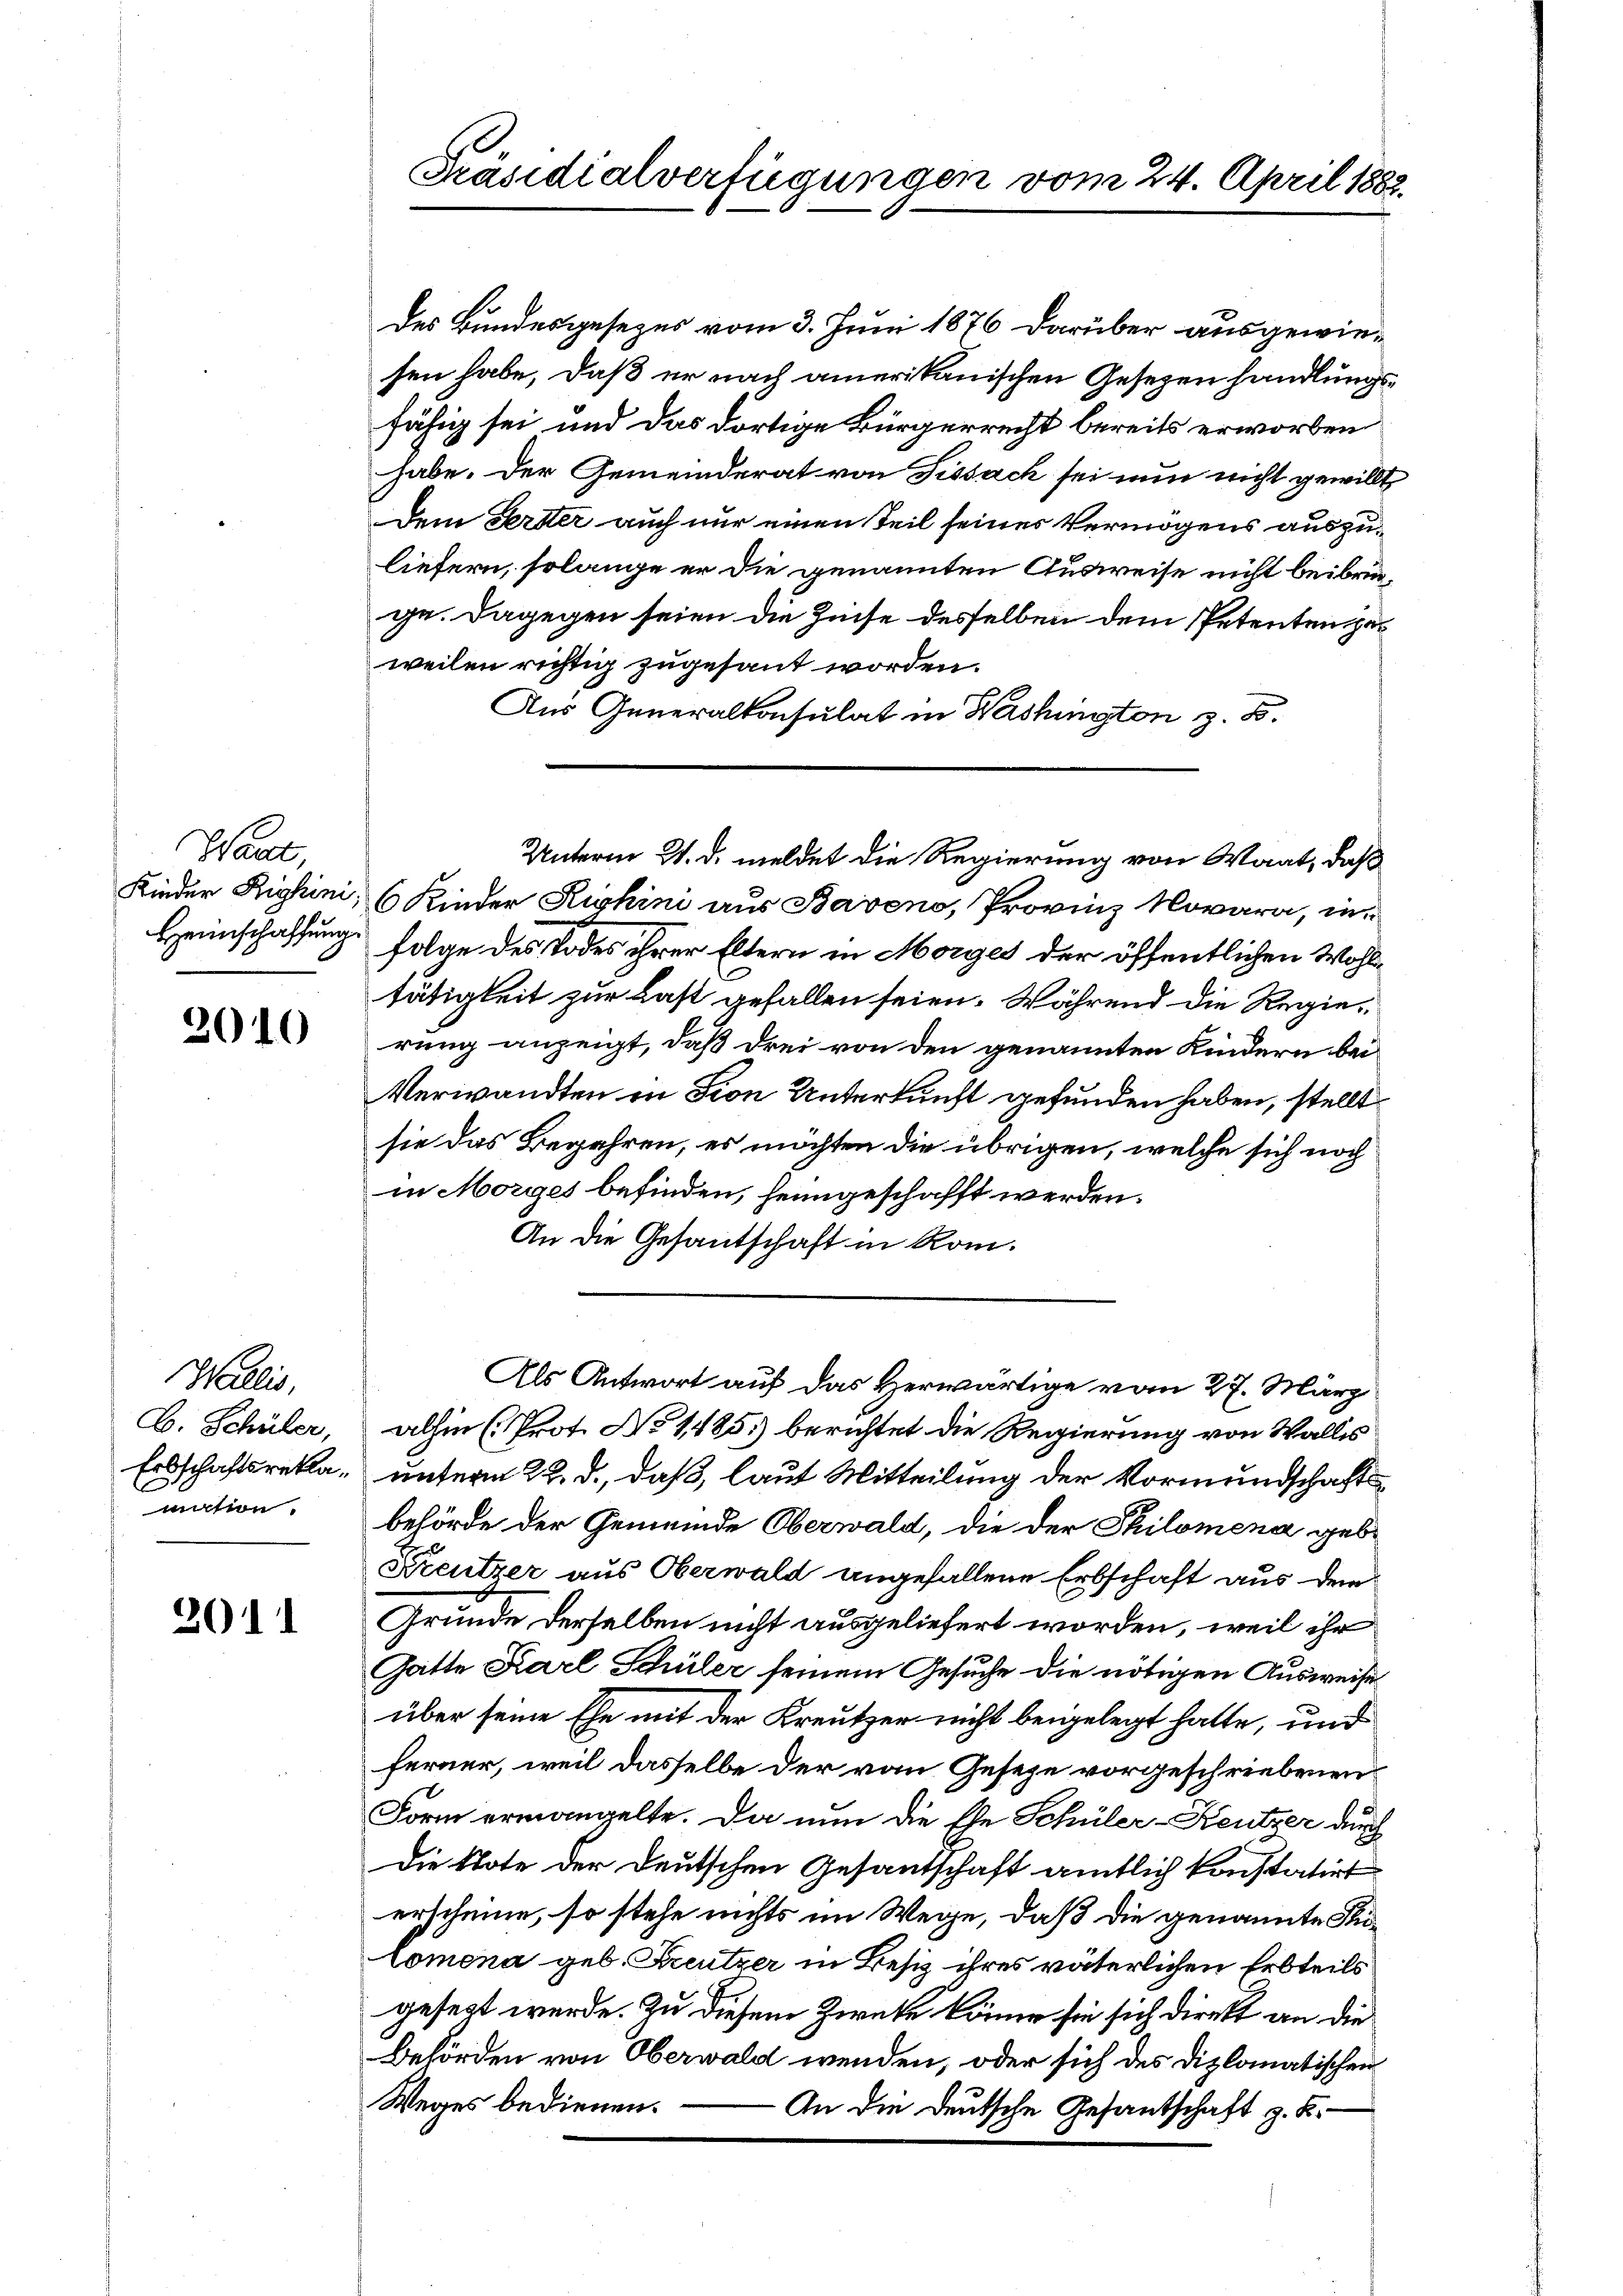
Want,

2010

Wallis,
B. Schüler,
Erbschaftsrekamision.

2011

Präsidialverfügungen vom 24. April 1882.

des Bundesgesezes vom 3. Juni 1876 darüber ausgewiesen habe, daß er nach amerikanischen Gesetzenhandlungsfähig sei und das dortige Bürgerrecht bereits erworben
habe. Der Gemeinderat von Fissach sei nun nicht gewillt
Dem Herster auch nur einen Teil seines Vermögens auszuliefern, solange er die genannten Ausweise nicht beibringe. Dagegen seien die Zinse desselben dem Petenten geweilen richtig zugesant worden.
Aus Generalkonsulat in Washington z. B.
Kinder Righini; 6 Kinder Kichini aus Baveno, Provinz Novara, in¬
Heimschaffung. Folge des Todes ihrer Eltern in Morges der öffentlichen Wohltätigkeit zur Last gefallen seien. Während die Regierung anzeigt, daß drei von den genannten Kindern bei
Verwandten in Fion Unterkunft gefunden haben, stellt
sie das Begehren, es möchten die übrigen, welche sich noch
in Morges befinden, heimgeschafft werden.
An die Gesantschaft in Rom.
Als Antwort auf das Herwärtige vom 27. März
alhin (Prot. No 1485) berichtet die Regierung von Wallis
unterm 22. d., daß, laut Mitteilung der Vormundschaft
behörde der Gemeinde Oberwald, die der Philomena gebe
Kreutzer aus Oberwald angefallene Erbschaft aus dem
Gründe derselben nicht ausgeliefert worden, weil ihr
Gatte Karl Schüler seinem Gesuche die nötigen Ausweise
über seine Ehe mit der Kreutzer nicht beigelegt hatte, und
ferner, weil dasselbe der vom Geseze vorgeschriebenen
Form ermangelte. Da nun die Ehe Schüler-Keutzer durch
Die Note der deutschen Gesantschaft amtlich konstatirt
erscheine, so stehe nichts im Wege, daß die genannte Stiromena geb. Kreutzer in Besiz ihres väterlichen Erbteils
gesezt werde. Zu diesem Zwecke könne sie sich direkt an die
Behörden von Oberwald wenden, oder sich des Diplomatischen
Weges bedienen.
 An die Deutsche Gesantschaft z. B.

Unterm 21. d. meldet die Regierung von Waat, daß